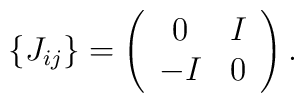
\{J_{ij}\} =  \left(\begin{array}{cc}        0 & I \\        -I & 0        \end{array} \right).